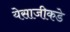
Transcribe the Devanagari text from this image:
येसाजीकडे